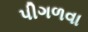
પીગળવા